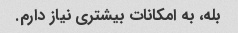
بله، به امکانات بیشتری نیاز دارم.